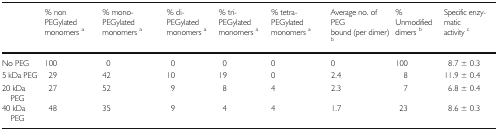
<table><thead><tr><td></td><td><b>% non PEGylated monomers <sup>a</sup></b></td><td><b>% mono-PEGylated monomers <sup>a</sup></b></td><td><b>% di-PEGylated monomers <sup>a</sup></b></td><td><b>% tri-PEGylated monomers <sup>a</sup></b></td><td><b>% tetra-PEGylated monomers <sup>a</sup></b></td><td><b>Average no. of PEG bound (per dimer) <sup>b</sup></b></td><td><b>% Unmodified dimers <sup>b</sup></b></td><td><b>Specific enzymatic activity <sup>c</sup></b></td></tr></thead><tbody><tr><td>No PEG</td><td>100</td><td>0</td><td>0</td><td>0</td><td>0</td><td>0</td><td>100</td><td>8.7 ± 0.3</td></tr><tr><td>5 kDa PEG</td><td>29</td><td>42</td><td>10</td><td>19</td><td>0</td><td>2.4</td><td>8</td><td>11.9 ± 0.4</td></tr><tr><td>20 kDa PEG</td><td>27</td><td>52</td><td>9</td><td>8</td><td>4</td><td>2.3</td><td>7</td><td>6.8 ± 0.4</td></tr><tr><td>40 kDa PEG</td><td>48</td><td>35</td><td>9</td><td>4</td><td>4</td><td>1.7</td><td>23</td><td>8.6 ± 0.3</td></tr></tbody></table>